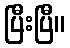
ပြီးပြီ။